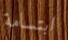
ابتسامة